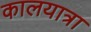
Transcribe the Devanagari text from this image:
कालयात्रा